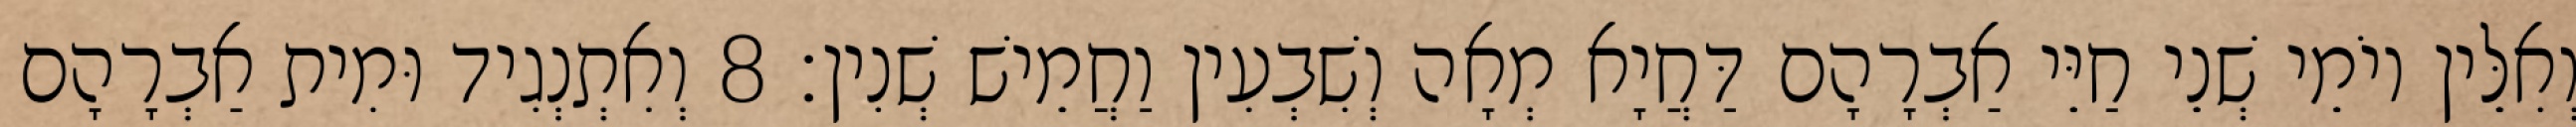
וְאִלֵּין יוֹמֵי שְׁנֵי חַיֵּי אַבְרָהָם דַּחֲיָא מְאָה וְשִׁבְעִין וַחֲמֵישׁ שְׁנִין׃ 8 וְאִתְנְגִיד וּמִית אַבְרָהָם